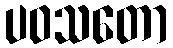
ပဝသတော